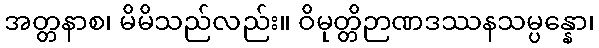
အတ္တနာစ၊ မိမိသည်လည်း။ ဝိမုတ္တိဉာဏဒဿနသမ္ပန္နော၊